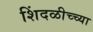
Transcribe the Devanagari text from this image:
शिंदळीच्च्या